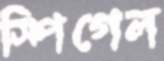
স্পিগেল